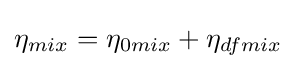
\eta _{mix}=\eta _{0mix}+\eta _{dfmix}